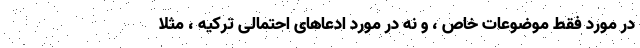
در مورد فقط موضوعات خاص ، و نه در مورد ادعاهای احتمالی ترکیه ، مثلاً